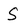
Character: S